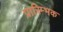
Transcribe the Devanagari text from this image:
प्रारिम्भक